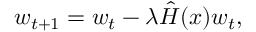
w _ { t + 1 } = w _ { t } - \lambda \hat { H } ( x ) w _ { t } ,